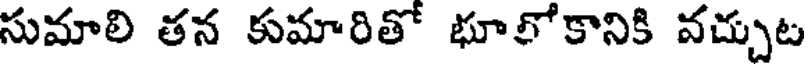
సుమాలి తన కుమారితో భూలోకానికి వచ్చుట